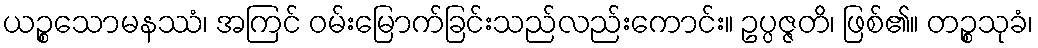
ယဉ္စသောမနဿံ၊ အကြင် ဝမ်းမြောက်ခြင်းသည်လည်းကောင်း။ ဥပ္ပဇ္ဇတိ၊ ဖြစ်၏။ တဉ္စသုခံ၊